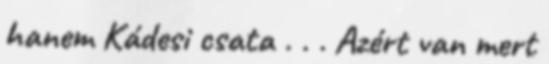
hanem Kádesi csata . . . Azért van mert